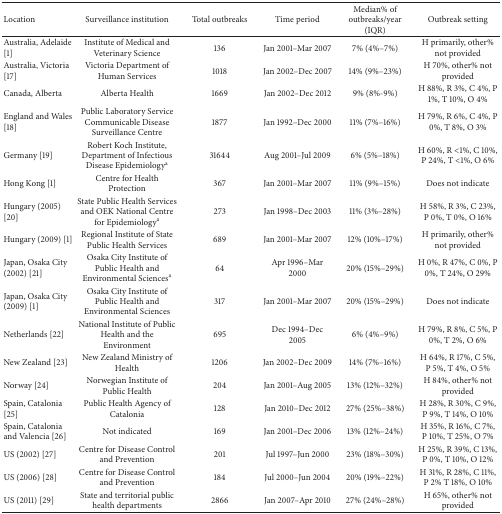
<table><thead><tr><td><b>Location</b></td><td><b>Surveillance institution</b></td><td><b>Total outbreaks</b></td><td><b>Time period</b></td><td><b>Median% of outbreaks/year (IQR)</b></td><td><b>Outbreak setting</b></td></tr></thead><tbody><tr><td>Australia, Adelaide [1]</td><td>Institute of Medical and Veterinary Science</td><td>136</td><td>Jan 2001–Mar 2007</td><td>7% (4%–7%)</td><td>H primarily, other% not provided</td></tr><tr><td>Australia, Victoria [17]</td><td>Victoria Department of Human Services</td><td>1018</td><td>Jan 2002–Dec 2007</td><td>14% (9%–23%)</td><td>H 70%, other% not provided</td></tr><tr><td>Canada, Alberta</td><td>Alberta Health</td><td>1669</td><td>Jan 2002–Dec 2012</td><td>9% (8%-9%)</td><td>H 88%, R 3%, C 4%, P 1%, T 10%, O 4%</td></tr><tr><td>England and Wales [18]</td><td>Public Laboratory Service Communicable Disease Surveillance Centre</td><td>1877</td><td>Jan 1992–Dec 2000</td><td>11% (7%–16%)</td><td>H 79%, R 6%, C 4%, P 0%, T 8%, O 3%</td></tr><tr><td>Germany [19]</td><td>Robert Koch Institute, Department of Infectious Disease Epidemiology<sup>a</sup></td><td>31644</td><td>Aug 2001–Jul 2009</td><td>6% (5%–18%)</td><td>H 60%, R &lt;1%, C 10%, P 24%, T &lt;1%, O 6%</td></tr><tr><td>Hong Kong [1]</td><td>Centre for Health Protection</td><td>367</td><td>Jan 2001–Mar 2007</td><td>11% (9%–15%)</td><td>Does not indicate</td></tr><tr><td>Hungary (2005) [20]</td><td>State Public Health Services and OEK National Centre for Epidemiology<sup>a</sup></td><td>273</td><td>Jan 1998–Dec 2003</td><td>11% (3%–28%)</td><td>H 58%, R 3%, C 23%, P 0%, T 0%, O 16%</td></tr><tr><td>Hungary (2009) [1]</td><td>Regional Institute of State Public Health Services</td><td>689</td><td>Jan 2001–Mar 2007</td><td>12% (10%–17%)</td><td>H primarily, other% not provided</td></tr><tr><td>Japan, Osaka City (2002) [21]</td><td>Osaka City Institute of Public Health and Environmental Sciences<sup>a</sup></td><td>64</td><td>Apr 1996–Mar 2000</td><td>20% (15%–29%)</td><td>H 0%, R 47%, C 0%, P 0%, T 24%, O 29%</td></tr><tr><td>Japan, Osaka City (2009) [1]</td><td>Osaka City Institute of Public Health and Environmental Sciences</td><td>317</td><td>Jan 2001–Mar 2007</td><td>20% (15%–29%)</td><td>Does not indicate</td></tr><tr><td>Netherlands [22]</td><td>National Institute of Public Health and the Environment</td><td>695</td><td>Dec 1994–Dec 2005</td><td>6% (4%–9%)</td><td>H 79%, R 8%, C 5%, P 0%, T 2%, O 6%</td></tr><tr><td>New Zealand [23]</td><td>New Zealand Ministry of Health</td><td>1206</td><td>Jan 2002–Dec 2009</td><td>14% (7%–16%)</td><td>H 64%, R 17%, C 5%, P 5%, T 4%, O 5%</td></tr><tr><td>Norway [24]</td><td>Norwegian Institute of Public Health</td><td>204</td><td>Jan 2001–Aug 2005</td><td>13% (12%–32%)</td><td>H 84%, other% not provided</td></tr><tr><td>Spain, Catalonia [25]</td><td>Public Health Agency of Catalonia</td><td>128</td><td>Jan 2010–Dec 2012</td><td>27% (25%–38%)</td><td>H 28%, R 30%, C 9%, P 9%, T 14%, O 10%</td></tr><tr><td>Spain, Catalonia and Valencia [26]</td><td>Not indicated</td><td>169</td><td>Jan 2001–Dec 2006</td><td>13% (12%–24%)</td><td>H 35%, R 16%, C 7%, P 10%, T 25%, O 7%</td></tr><tr><td>US (2002) [27]</td><td>Centre for Disease Control and Prevention</td><td>201</td><td>Jul 1997–Jun 2000</td><td>23% (18%–30%)</td><td>H 25%, R 39%, C 13%, P 0%, T 10%, O 12%</td></tr><tr><td>US (2006) [28]</td><td>Centre for Disease Control and Prevention</td><td>184</td><td>Jul 2000–Jun 2004</td><td>20% (19%–22%)</td><td>H 31%, R 28%, C 11%, P 2% T 18%, O 10%</td></tr><tr><td>US (2011) [29]</td><td>State and territorial public health departments</td><td>2866</td><td>Jan 2007–Apr 2010</td><td>27% (24%–28%)</td><td>H 65%, other% not provided</td></tr></tbody></table>